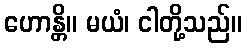
ဟောန္တိ။ မယံ၊ ငါတို့သည်။